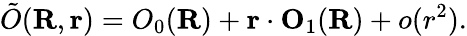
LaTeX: \tilde{O}({\mathbf R},{\mathbf r})=O_{0}({\mathbf R})+{\mathbf r}\cdot{\mathbf O}_{1}({\mathbf R})+o(r^{2}).